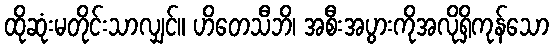
ထိုဆုံးမတိုင်းသာလျှင်။ ဟိတေသီဘိ၊ အစီးအပွားကိုအလိုရှိကုန်သော